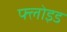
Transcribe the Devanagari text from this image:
फ्लोइड